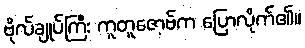
ဗိုလ်ချုပ်ကြီး ကူတူဇော့ဗ်က ပြောလိုက်၏။